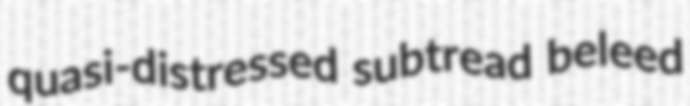
quasi-distressed subtread beleed